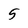
Character: 5